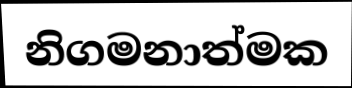
නිගමනාත්මක